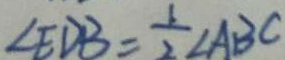
\angle E D B = \frac { 1 } { 2 } \angle A B C